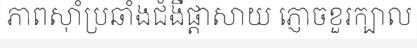
ភាពស៊ាំប្រឆាំងជំងឺផ្តាសាយ ភ្ញោចខួរក្បាល